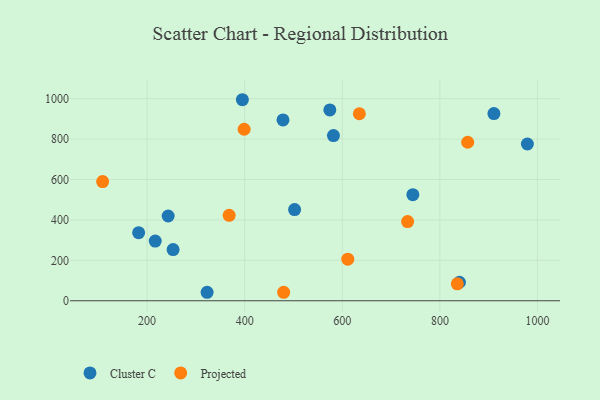
{"axis": {"x": "Ad Spend", "y": "Salary"}, "legend": ["Cluster C", "Projected"], "data": [{"x": "840.1", "y": 91.5, "type": "Cluster C"}, {"x": "182.7", "y": 336.9, "type": "Cluster C"}, {"x": "581.9", "y": 817.6, "type": "Cluster C"}, {"x": "323.0", "y": 42.0, "type": "Cluster C"}, {"x": "243.2", "y": 419.4, "type": "Cluster C"}, {"x": "253.3", "y": 253.2, "type": "Cluster C"}, {"x": "502.3", "y": 451.3, "type": "Cluster C"}, {"x": "910.7", "y": 926.3, "type": "Cluster C"}, {"x": "395.3", "y": 995.0, "type": "Cluster C"}, {"x": "574.5", "y": 944.3, "type": "Cluster C"}, {"x": "744.6", "y": 524.9, "type": "Cluster C"}, {"x": "979.3", "y": 775.9, "type": "Cluster C"}, {"x": "478.5", "y": 895.1, "type": "Cluster C"}, {"x": "216.7", "y": 295.4, "type": "Cluster C"}, {"x": "635.0", "y": 925.5, "type": "Projected"}, {"x": "368.2", "y": 422.7, "type": "Projected"}, {"x": "857.0", "y": 784.5, "type": "Projected"}, {"x": "398.9", "y": 848.9, "type": "Projected"}, {"x": "108.9", "y": 589.8, "type": "Projected"}, {"x": "479.9", "y": 42.0, "type": "Projected"}, {"x": "733.9", "y": 391.9, "type": "Projected"}, {"x": "835.7", "y": 83.9, "type": "Projected"}, {"x": "611.3", "y": 205.8, "type": "Projected"}]}